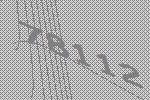
78112